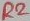
Text: R2